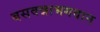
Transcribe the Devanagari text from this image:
बसवन्नाभगवान